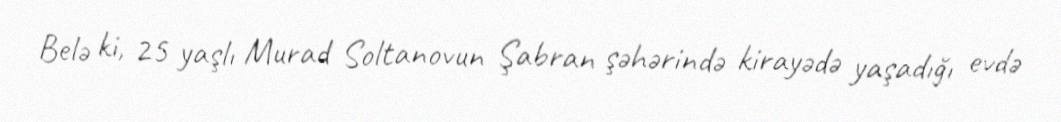
Belə ki, 25 yaşlı Murad Soltanovun Şabran şəhərində kirayədə yaşadığı evdə